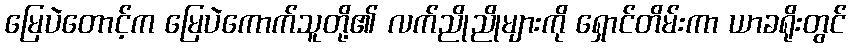
မြေပဲတောင့်က မြေပဲကောက်သူတို့၏ လက်ညိုညိုများကို ရှောင်တိမ်းကာ ယာခရိုးတွင်